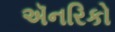
ઍનરિકો